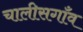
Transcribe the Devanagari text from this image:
चालीसगाँव